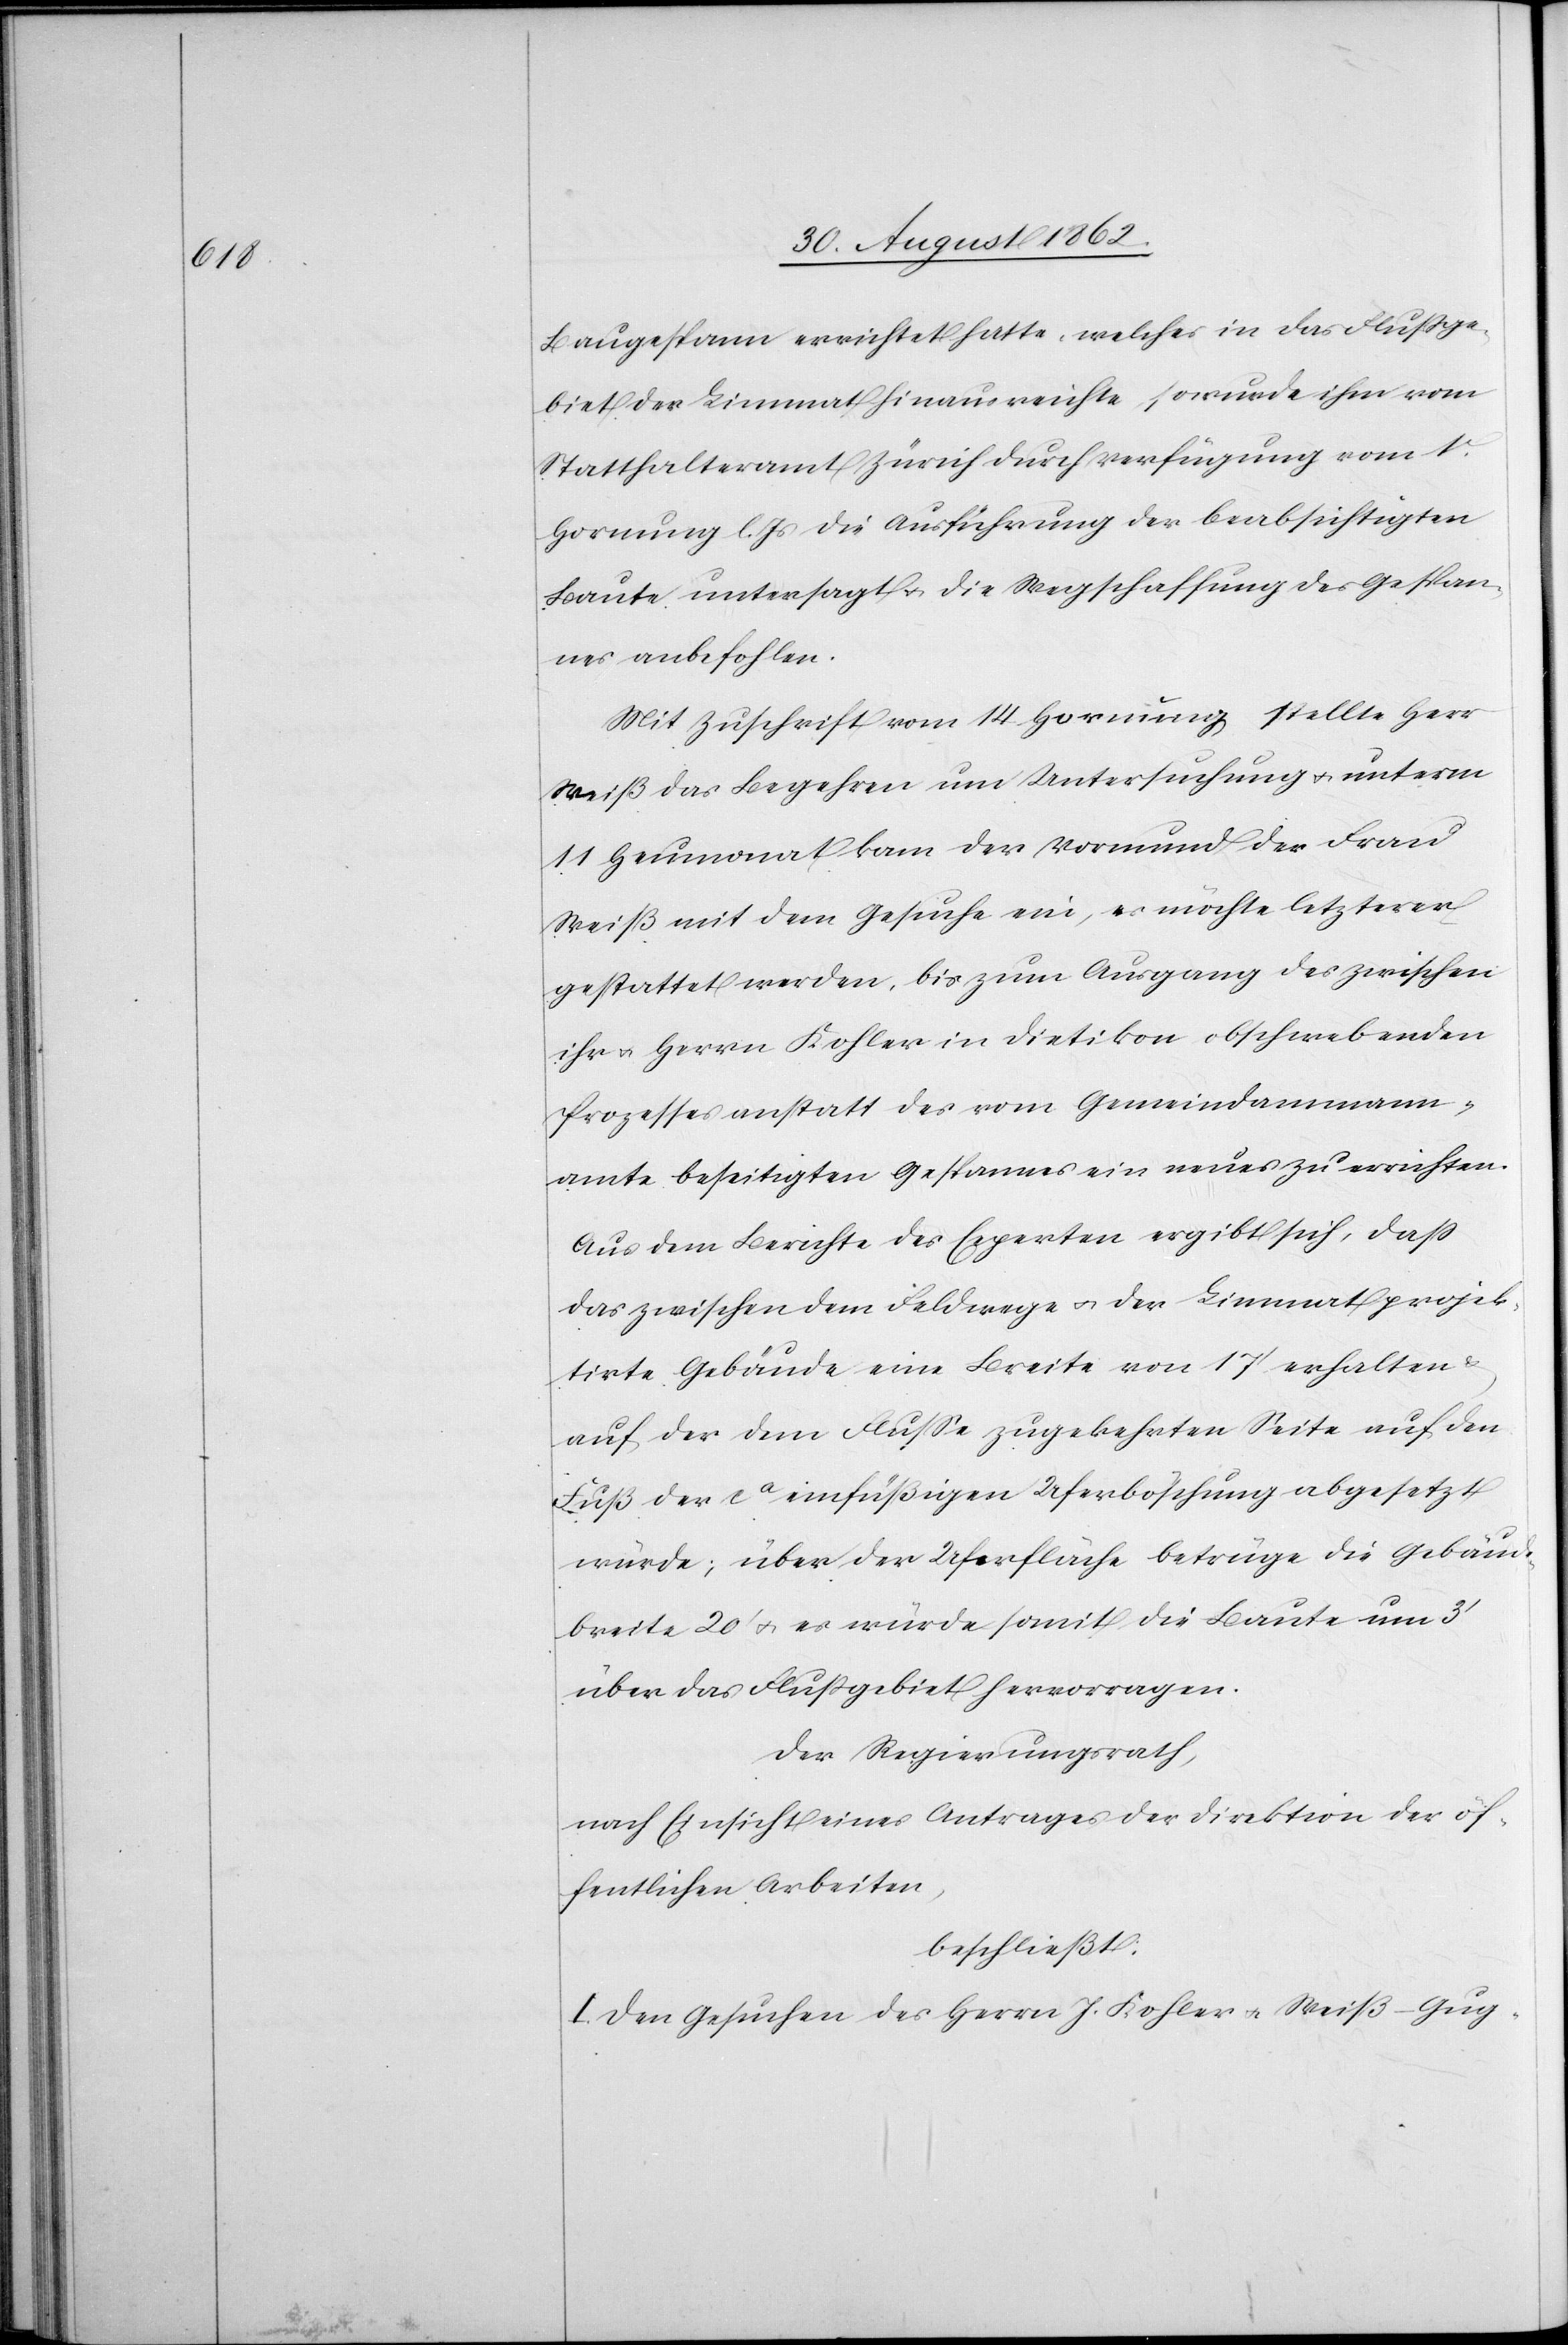
Baugespann errichtet hatte, welches in das Flußge¬
biet der Limmat hinausreiche, so wurde ihm vom
Statthalteramt Zürich durch Verfügung vom 1t
Hornung l. s. die Ausführung der beabsichtigten
Baute untersagt u. die Wegschaffung des Gespan¬
nes anbefohlen.
Mit Zuschrift vom 14. Hornung stellte Herr
Weiß das Begehren um Untersuchung u. unterm
11. Heumonat kam der Vormund der Frau
Weiß mit dem Gesuche ein, es möchte letzterer
gestattet werden, bis zum Ausgang des zwischen
ihr u. Herrn Kohler in Dietikon obschwebenden
Prozesses anstatt des vom Gemeindammann¬
amte beseitigten Gespannes ein neues zu errichten.
Aus dem Berichte des Experten ergibt sich, daß
das zwischen dem Feldwege u. der Limmat projek¬
tirte Gebäude eine Breite von 17’ erhalten
auf der dem Flusse zugekehrten Seite auf den
Fuß der ca einfüßigen Uferböschung abgesetzt
würde; über der Uferfläche betrüge die Gebäude¬
breite 20’ u. es würde somit die Baute um 3’
über das Flußgebiet hervorragen.
Der Regierungsrath,
nach Einsicht eines Antrages der Direktion der öf¬
fentlichen Arbeiten,
beschließt:
I. Den Gesuchen des Herrn J. Kohler u. Weiß-Gug-